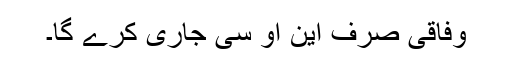
وفاقی صرف این او سی جاری کرے گا۔